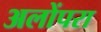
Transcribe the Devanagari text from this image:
अलोंपरा